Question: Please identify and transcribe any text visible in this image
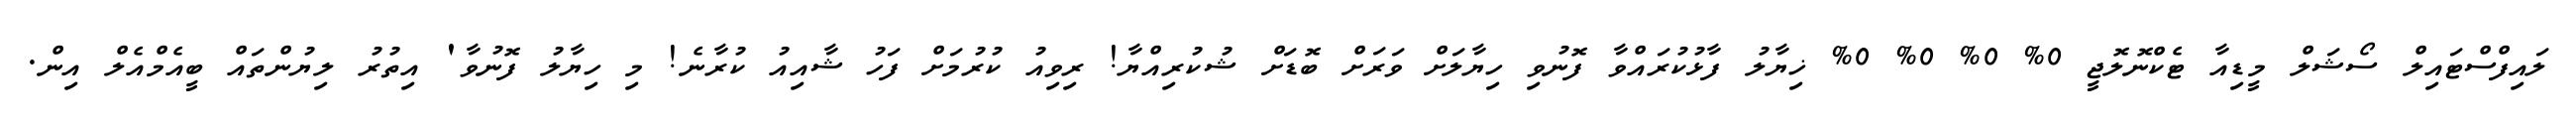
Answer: ލައިފްސްޓައިލް ސޯޝަލް މީޑިއާ ޓެކްނޮލޮޖީ 0% 0% 0% 0% ޚިޔާލު ފާޅުކުރައްވާ ފޮނުވި ހިޔާލަށް ވަރަށް ބޮޑަށް ޝުކުރިއްޔާ! ރިވިއު ކުރުމަށް ފަހު ޝާއިއު ކުރާނެ! މި ހިޔާލު ފޮނުވާ' އިތުރު ލިޔުންތައް ބީއެމްއެލް އިން.